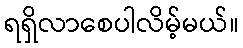
ရရှိလာစေပါလိမ့်မယ်။